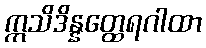
ဣသိဒိန္နတ္ထေရဂါထာ